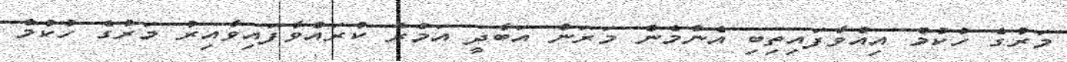
މަރުގެ ހުކުމް އިއްވާފައިތިބި އެންމެން މަރަން އަބާދީ އަމުރު ކުރައްވާފައިވާއިރު މަރުގެ ހުކުމް